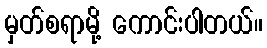
မှတ်စရာမို့ ကောင်းပါတယ်။